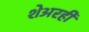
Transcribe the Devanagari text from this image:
शेअरही